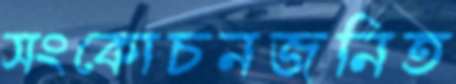
সংকোচনজনিত